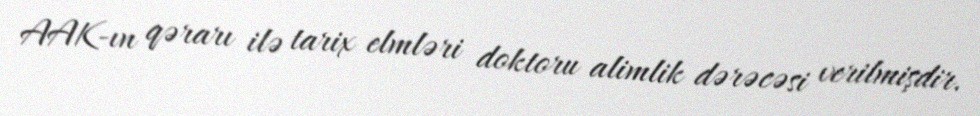
AAK-ın qərarı ilə tarix elmləri doktoru alimlik dərəcəsi verilmişdir.